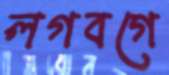
লগবগে